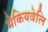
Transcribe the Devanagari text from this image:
मेकियवेलि